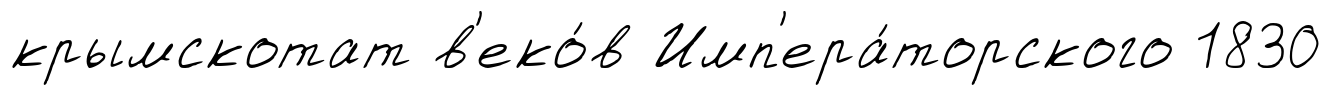
крымскотат в'еко́в Имп'ера́торского 1830